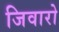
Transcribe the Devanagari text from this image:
जिवारो